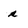
Character: s